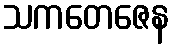
သကတေဇေန